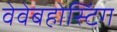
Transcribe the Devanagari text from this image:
वेवेबहोस्टिंग